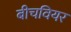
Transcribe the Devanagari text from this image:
बीचवियर